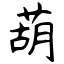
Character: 葫